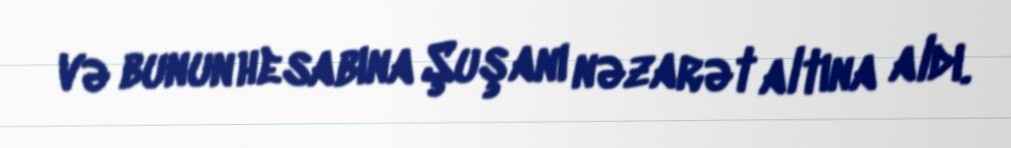
və bunun hesabına Şuşanı nəzarət altına aldı.